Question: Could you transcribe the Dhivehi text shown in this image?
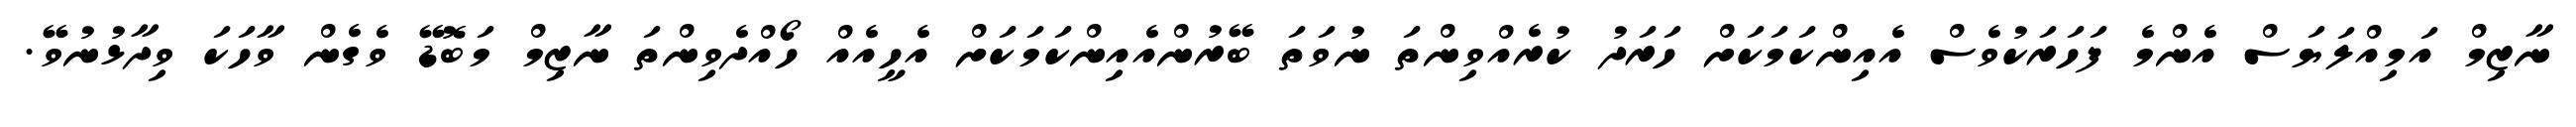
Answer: ނާޒިމް އަމިއްލަޔަސް އެންމެ ފަހަރަކުވެސް އެއިންކަމަކަށް ހަރަދު ކުރެއްވިންތަ ނުވަތަ ބޭރުންއެއިންކަމަކަށް އެހީއެއް ހޯއްދެވިންތަ ނާޒިމް މަބޮޑޭ ވެގެން ވާހަކަ ވިދާޅުނުވޭ.